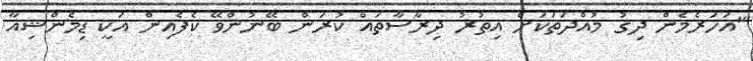
"އަހަރެމެން ދިގު މުއްދަތަކަށް އިތުރު ދިރާސާތައް ކުރަން ބޭނުންވޭ ކެފެއިން އަކީ ޑިމެންޝިއާ